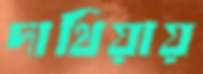
দাথিয়ায়